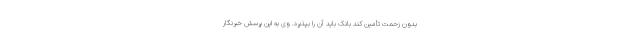
بدون زحمت تأمین کند بانک باید آن را بپذیرد. وی به این پرسش خبرنگار